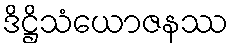
ဒိဋ္ဌိသံယောဇနဿ